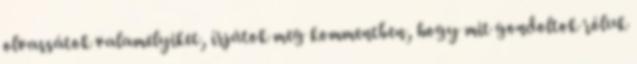
olvassátok valamelyiket, írjátok meg kommentben, hogy mit gondoltok róluk